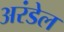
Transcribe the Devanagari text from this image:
अरंडेल